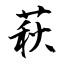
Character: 萩